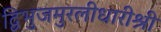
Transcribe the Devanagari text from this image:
द्विभुजमुरलीधारीश्री